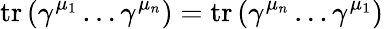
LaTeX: \operatorname{tr}\left(\gamma^{\mu_{1}}\dots\gamma^{\mu_{n}}\right)=\operatorname{tr}\left(\gamma^{\mu_{n}}\dots\gamma^{\mu_{1}}\right)